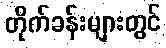
တိုက်ခန်းများတွင်